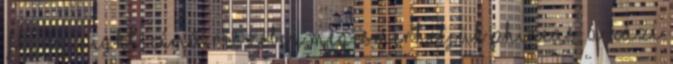
„Fly by Night” című részében megismerhetjük Phineas, a házi